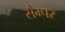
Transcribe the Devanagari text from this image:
सैम्पर